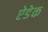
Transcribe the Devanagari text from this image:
ऐडेक